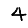
Digit: 4